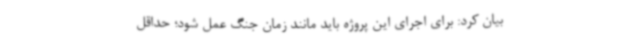
بیان کرد: برای اجرای این پروژه باید مانند زمان جنگ عمل شود؛ حداقل